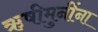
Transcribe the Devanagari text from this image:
ऋषीमुनींना